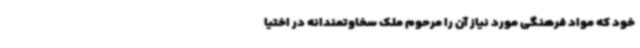
خود که مواد فرهنگی مورد نیاز آن را مرحوم ملک سخاوتمندانه در اختیا